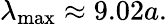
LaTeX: \lambda_{\mathrm{max}}\approx 9.02a.